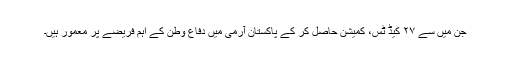
جن میں سے ۲۷ کیڈ ٹس، کمیشن حاصل کر کے پاکستان آرمی میں دفاع وطن کے اہم فریضے پر معمور ہیں۔